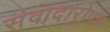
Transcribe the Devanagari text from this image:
संवादारोपण